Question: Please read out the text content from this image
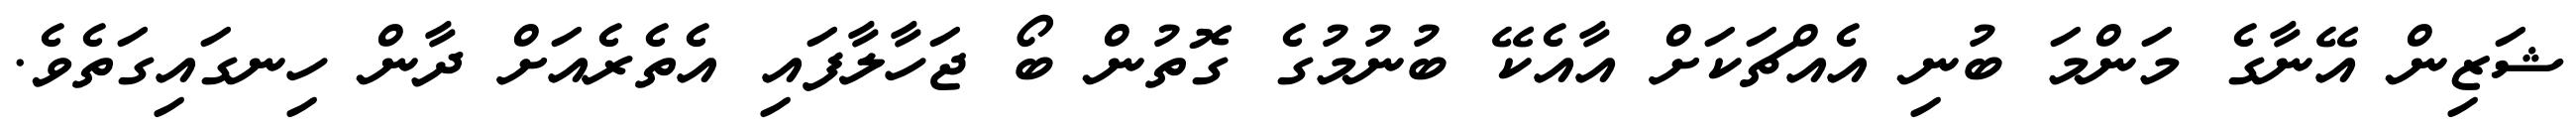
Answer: ޝަޒިން އޭނާގެ މަންމަ ބުނި އެއްޗަކަށް އާއެކޭ ބުނުމުގެ ގޮތުން ބޯ ޖަހާލާފައި އެތެރެއަށް ދާން ހިނގައިގަތެވެ.